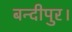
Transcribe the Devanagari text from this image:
बन्दीपुर।